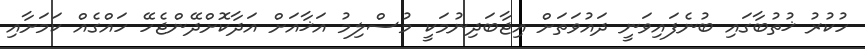
ހުކުރު ޚުތުބާގައި ބުނެފައިވަނީ ދައުވަތަށް އިޖާބަދިނުމަކީ މުސްލިމު އަޚާއަށް އަދާކޮށްދޭންޖެހޭ ހައްގެއް ކަމަށާއި